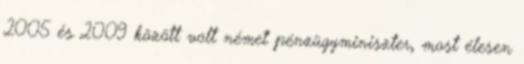
2005 és 2009 között volt német pénzügyminiszter, most élesen